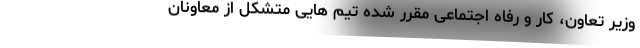
وزیر تعاون، کار و رفاه اجتماعی مقرر شده تیم هایی متشکل از معاونان